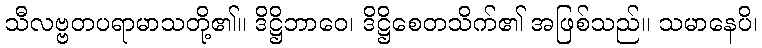
သီလဗ္ဗတပရာမာသတို့၏။ ဒိဋ္ဌိဘာဝေ၊ ဒိဋ္ဌိစေတသိက်၏ အဖြစ်သည်။ သမာနေပိ၊